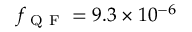
f _ { \mathrm { ~ Q ~ F ~ } } = 9 . 3 \times 1 0 ^ { - 6 }